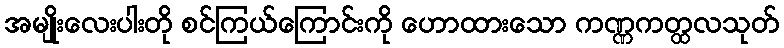
အမျိုးလေးပါးတို စင်ကြယ်ကြောင်းကို ဟောထားသော ကဏ္ဏကတ္ထလသုတ်